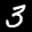
Label: 3